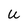
Character: U